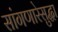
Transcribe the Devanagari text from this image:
सांगणारेसुद्धा